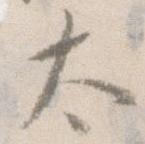
太